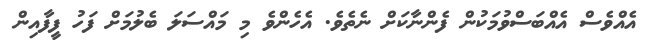
އެއްވެސް އެއްބަސްވުމަކުން ފެންނާކަށް ނެތެވެ. އެހެންވެ މި މައްސަލަ ބެލުމަށް ފަހު ފީފާއިން